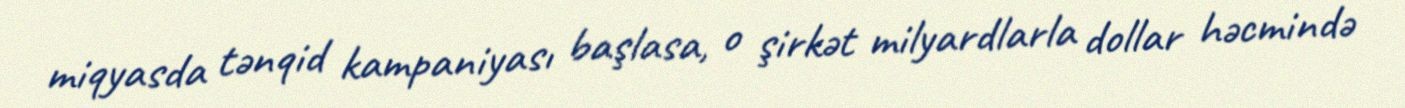
miqyasda tənqid kampaniyası başlasa, o şirkət milyardlarla dollar həcmində